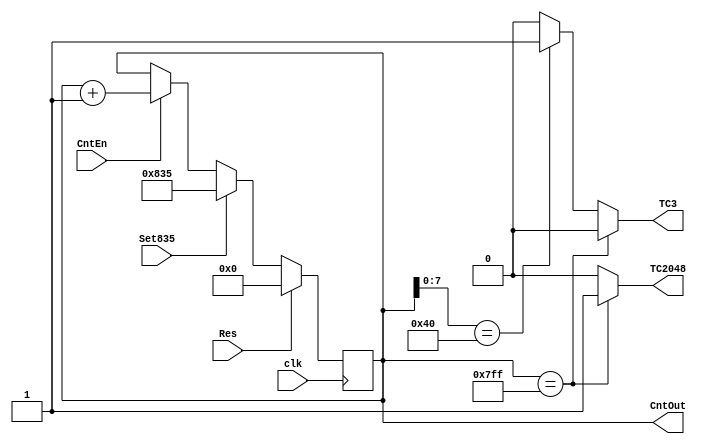
//   ==================================================================
//   >>>>>>>>>>>>>>>>>>>>>>> COPYRIGHT NOTICE <<<<<<<<<<<<<<<<<<<<<<<<<
//   ------------------------------------------------------------------
//   Copyright (c) 2013 by Lattice Semiconductor Corporation
//   ALL RIGHTS RESERVED 
//   ------------------------------------------------------------------
//
//   Permission:
//
//      Lattice SG Pte. Ltd. grants permission to use this code
//      pursuant to the terms of the Lattice Reference Design License Agreement. 
//
//
//   Disclaimer:
//
//      This VHDL or Verilog source code is intended as a design reference
//      which illustrates how these types of functions can be implemented.
//      It is the user's responsibility to verify their design for
//      consistency and functionality through the use of formal
//      verification methods.  Lattice provides no warranty
//      regarding the use or functionality of this code.
//
//   --------------------------------------------------------------------
//
//                  Lattice SG Pte. Ltd.
//                  101 Thomson Road, United Square #07-02 
//                  Singapore 307591
//
//
//                  TEL: 1-800-Lattice (USA and Canada)
//                       +65-6631-2000 (Singapore)
//                       +1-503-268-8001 (other locations)
//
//                  web: http://www.latticesemi.com/
//
//   --------------------------------------------------------------------
//


//
// Revision History :
// --------------------------------------------------------------------
//   Ver  :| Author :| Mod. Date :| Changes Made:
//   V01.0:| A.Y    :| 09/30/06  :| Initial ver
//   v01.1:| J.T    :| 06/21/09  :| just use one buffer
// --------------------------------------------------------------------
//
// 
//Description of module:
//--------------------------------------------------------------------------------
// 
// --------------------------------------------------------------------
`timescale 1 ns / 1 fs

module ACounter(
      clk,
      Res,
      Set835,
      CntEn ,
      CntOut,
      TC2048,
      TC3
   )/*synthesis ugroup="addr_group" */;
   input clk;
   input Res;
   input Set835;
   input CntEn;
   output [11:0]  CntOut;
   output  reg TC2048;
   output  reg TC3;
   
reg [11:0] cnt_state;

always@(posedge clk)
  if (Res)
    cnt_state <= 0;
  else if (Set835)
    cnt_state <=12'h835;   
  else if (CntEn)
    cnt_state <= cnt_state + 1;


always@(cnt_state)
   if (cnt_state== 12'h7FF) begin
      TC2048 <= 1; 
      TC3 <=0;
   end else if (cnt_state[7:0] == 8'h40) begin
     TC3 <= 1; 
     TC2048 <= 0;
   end
  // --elsif (cnt_state(3 downto 0) = x"7") or 
  // --      (cnt_state(3 downto 0) = x"A") or 
  // --      (cnt_state(3 downto 0) = x"D") then
  // --  TC3 <= '1'; TC2048 <= '0';
   else begin
     TC3 <=0;
     TC2048 <= 0;
   end

   
assign CntOut = cnt_state;

endmodule